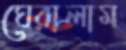
ঘেরালাম